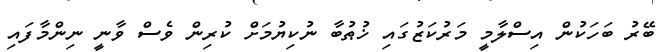
ބޭރު ބަހަކުން އިސްލާމީ މަރުކަޒުގައި ޚުޠުބާ ނުކިޔުމަށް ކުރިން ވެސް ވާނީ ނިންމާފައި